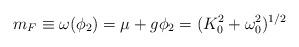
LaTeX: \begin{align*}m_F \equiv \omega(\phi_2)=\mu+g\phi_2=(K_0^2+\omega_0^2)^{1/2}\end{align*}